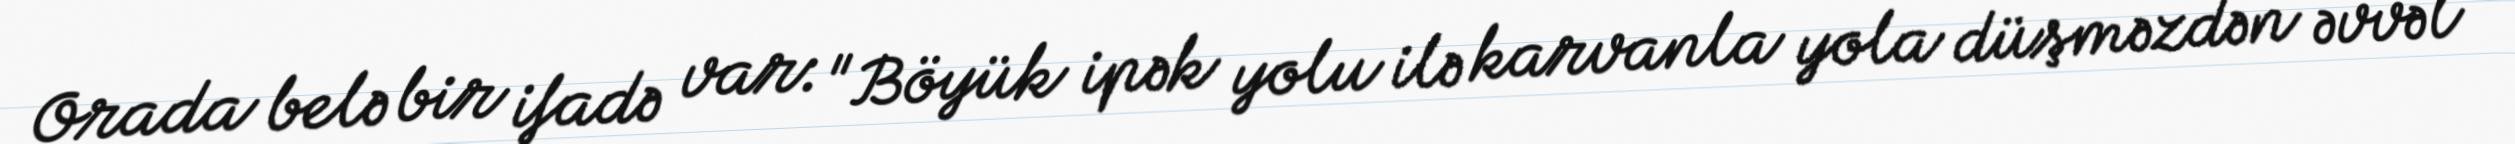
Orada belə bir ifadə var: "Böyük ipək yolu ilə karvanla yola düşməzdən əvvəl